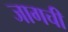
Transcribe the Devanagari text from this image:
जागची